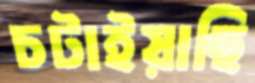
চটাইয়াছি